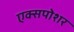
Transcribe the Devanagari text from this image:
एक्सपोशर